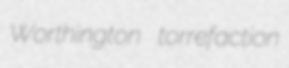
Worthington torrefaction